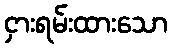
ငှားရမ်းထားသော